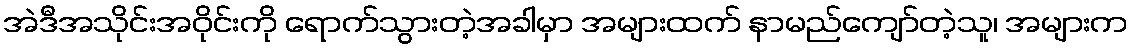
အဲဒီအသိုင်းအဝိုင်းကို ရောက်သွားတဲ့အခါမှာ အများထက် နာမည်ကျော်တဲ့သူ၊ အများက